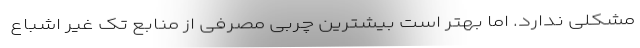
مشکلی ندارد. اما بهتر است بیشترین چربی مصرفی از منابع تک غیر اشباع